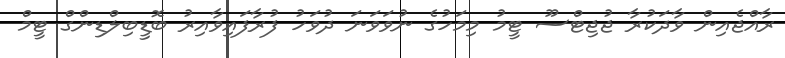
ރާއްޖެއިން ވާދަކުރާ ޖުޖިޓްސޫ ޓީމު މިމަހުގެ ނުވަވަނަ ދުވަހު ފުރާފައިވާއިރު ބޮޑީބިލްޑިންގް ޓީމް